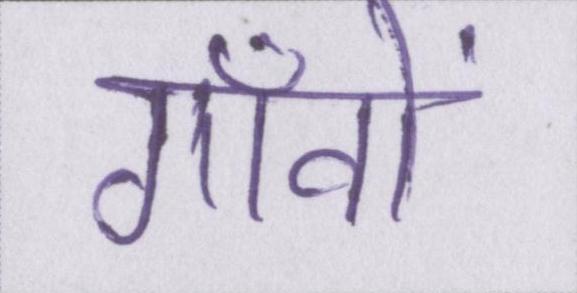
गाँवों